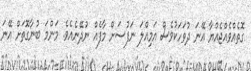
ގޮތެއްވެއްޖެއްޔާ އޭނަ ދުވަހަކުވެސް އަމިއްލަ ނަފުސަށް މާފެއް ނުދޭނެއެވެ. މަންމަ ބުނާގޮތަށް އޭނަ